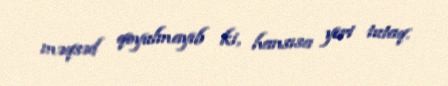
məqsəd qoyulmayıb ki, hansısa yeri tutaq.